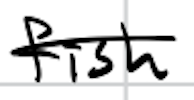
Text: fish
Cross-out: mix
Writing tool: digital_black